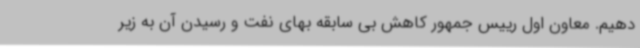
دهیم. معاون اول رییس جمهور کاهش بی سابقه بهای نفت و رسیدن آن به زیر